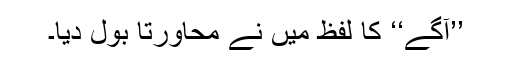
’’آگے‘‘ کا لفظ میں نے محاورتاً بول دیا۔